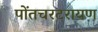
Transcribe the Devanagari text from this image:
पोंतचरटरायण